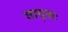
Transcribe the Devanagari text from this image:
तादृशः